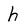
Character: h